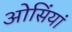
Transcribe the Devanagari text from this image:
ओसिंयां